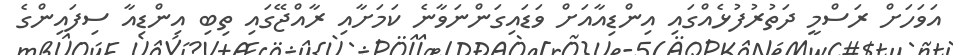
އަވަހަށް ރަސްމީ ދަތުރުފުޅެއްގައި އިންޑިއާއަށް ވަޑައިގަންނަވާނެ ކަމަށާއި ރާއްޖޭގައި ތިބި އިންޑިއާ ސިފައިންގެ